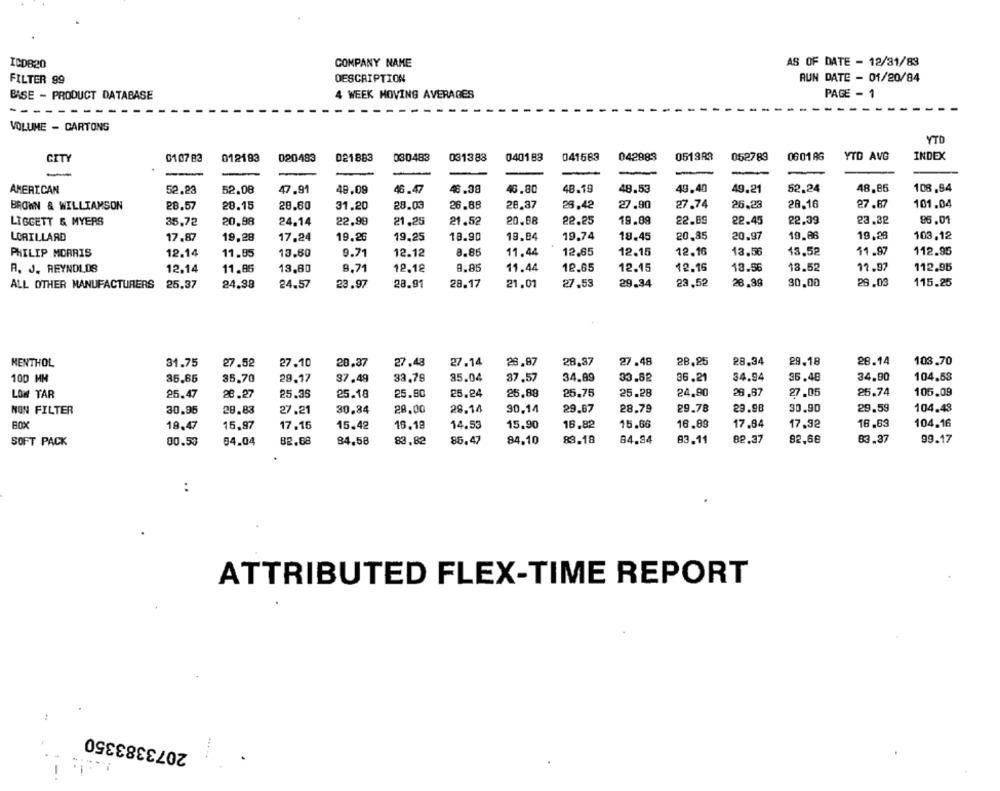
ICDB20
COMPANY NAME
AS OF DATE - 12/31/83
FILTER 99
DESCRIPTION
RUN DATE - 01/20/84
BASE - PRODUCT DATABASE
4 WEEK MOVING AVERAGES
PAGE - 1
-------
VOLUME - CARTONS
YTD
0107 83
012183
020483
021883
030483
031383
040183
041683
042883
051388
052783
060186
YTD AVG
INDEX
AMERICAN
52.23
52.08
47.91
48,09
46.47
46.38
46.80
48.19
48.53
49.40
49.21
52.24
48,85
108,94
BROWN & WILLIAMSON
28.57
28.15
28.60
31.20
28.03
26.88
28.37
26.42
27.90
27.74
26.23
28.16
27.87
101.04
LIGGETT & MYERS
35,72
20.98
24.14
22,99
21,25
21.52
20.08
22.25
19.09
22.89
22.45
22.39
23.32
96.01
LORILLARD
17,87
19,28
17,24
19.26
19,25
18.90
19.84
19.74
18.45
20,85
20.97
19.86
19.28
103.12
PHILIP MORRIS
12.14
11.85
13.60
9.71
12.12
8.86
11.44
12.65
12.15
12.16
13.56
13.52
11.97
112.95
A. J. REYNOLDS
12.14
11.85
13,80
8.71
12.18
9.85
11.44
12.65
12.15
12.16
18.56
13.52
12.97
112.96
ALL OTHER MANUFACTURERS
25.37
24.38
24.57
23.97
28.91
28.17
21.01
27.53
29.34
23,52
26.39
30.00
28.03
115.25
MENTHOL
31.75
27.52
27.10
28.37
27.48
27.14
28.87
28,37
27.48
28.85
28.34
29.18
28.14
103.70
100 MM
35.65
35.70
29.17
37.49
33.78
35.04
37.57
34.89
33.82
36.21
34.94
35.48
34,90
104.58
LOW TAR
25.47
28.27
25.35
25.10
25.80
25.24
25,88
25.75
25.28
24,90
28.87
27.05
25.74
105.09
NON FILTER
30.95
28.83
27.21
30.84
28.00
28.14
30.14
29.67
28.79
29.78
29.98
30.90
29.59
104.48
BOX
18,47
15,97
17.15
15.42
16.18
14.53
15.90
16,82
15.66
16,89
17.84
17,32
16.63
104.16
SOFT PACK
00.50
04.04
BB.68
84,58
83,82
85.47
84.10
89.18
84.94
83.11
82.37
82,68
83.37
99.17
:
ATTRIBUTED FLEX-TIME REPORT
2073383350
-